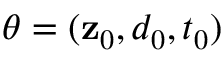
\boldsymbol { \theta } = ( \mathbf { z } _ { 0 } , d _ { 0 } , t _ { 0 } )